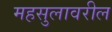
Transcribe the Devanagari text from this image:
महसुलावरील